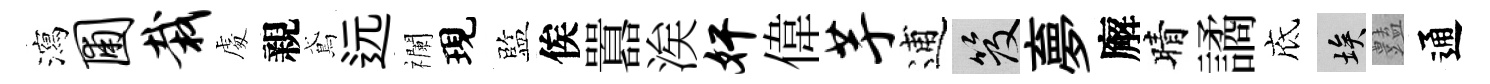
瀉圃栽䖏親鳶远襴現監俟囂涘奸偉芋逋笈夣廨晴譎底埃𧰟通